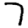
Digit: 7